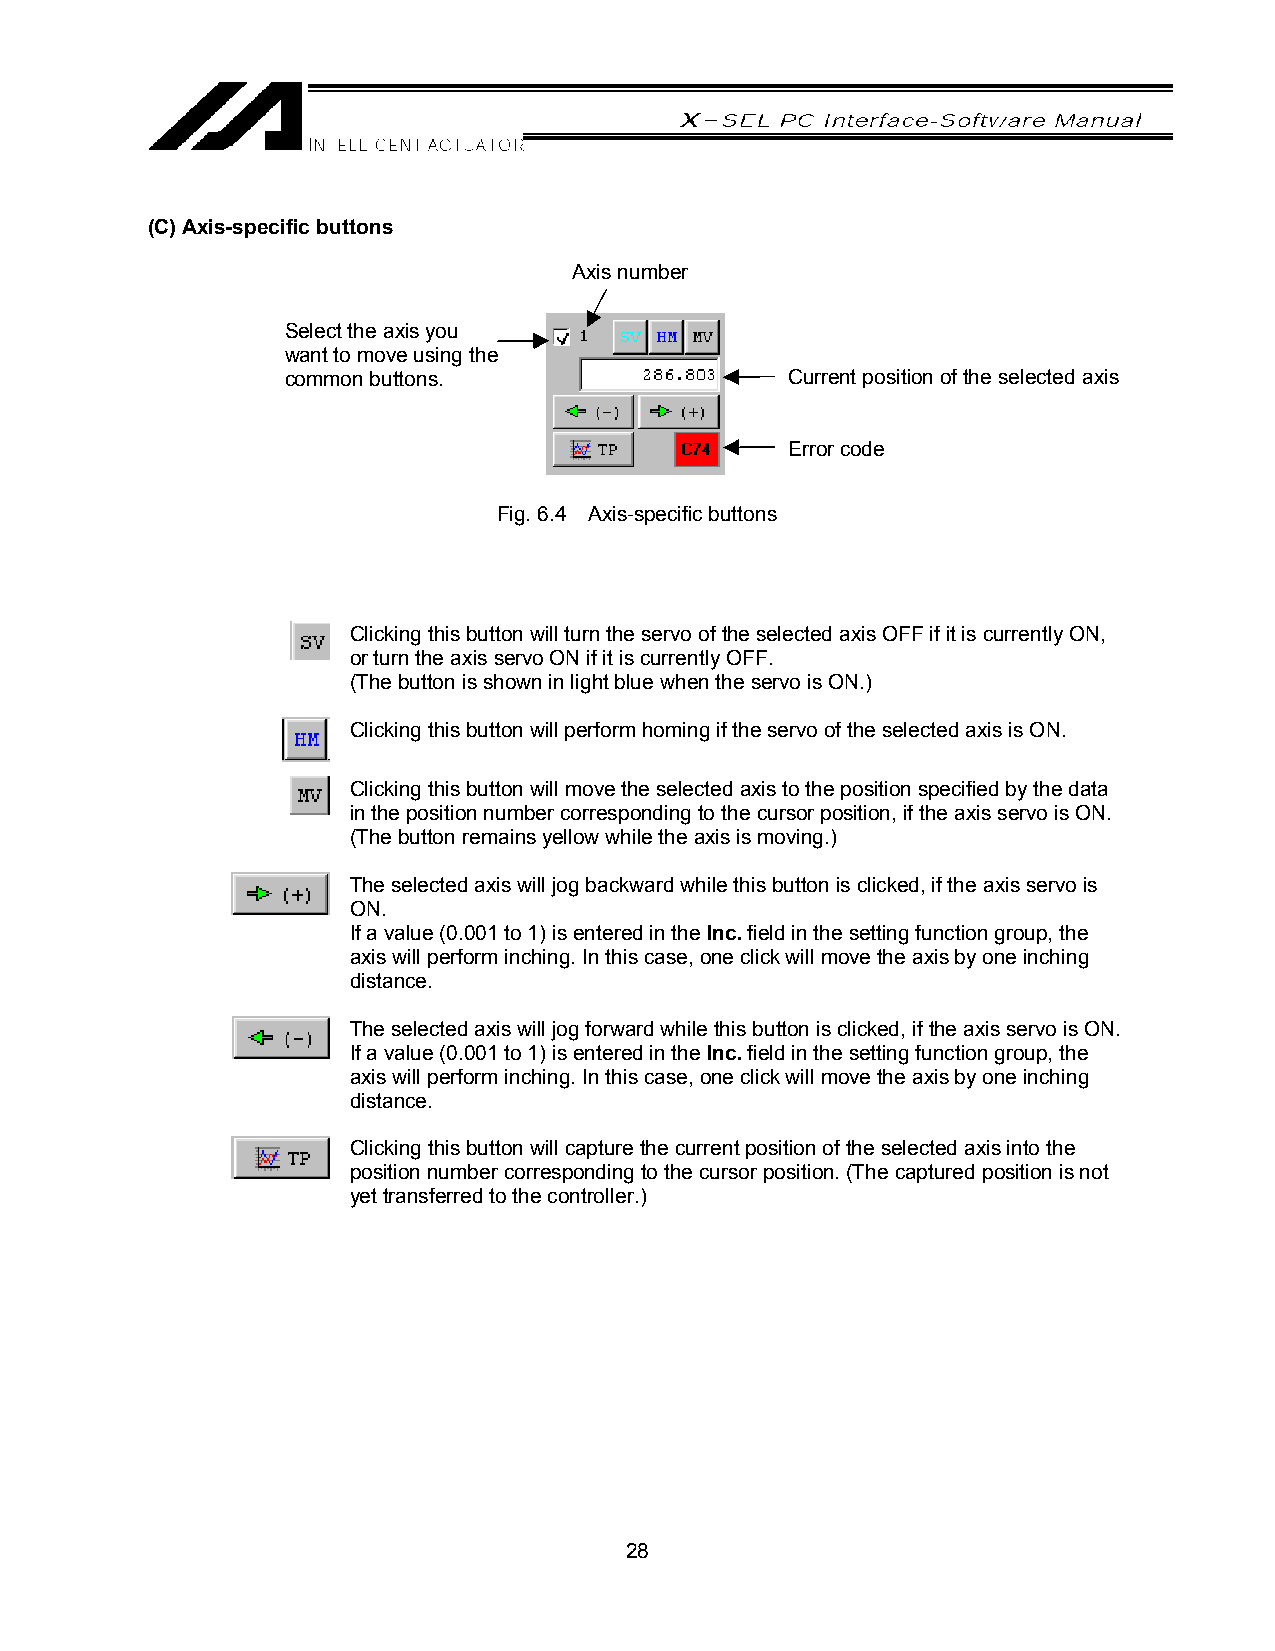
(C) Axis-specific buttons
 Axis number
 Select the axis you
 want to move using the
 common buttons.                  Current position of the selected axis
 Error code
 Fig. 6.4 Axis-specific buttons
 Clicking this button will turn the servo of the selected axis OFF if it is currently ON,
 or turn the axis servo ON if it is currently OFF.
 (The button is shown in light blue when the servo is ON.)
 Clicking this button will perform homing if the servo of the selected axis is ON.
 Clicking this button will move the selected axis to the position specified by the data
 in the position number corresponding to the cursor position, if the axis servo is ON.
 (The button remains yellow while the axis is moving.)
 The selected axis will jog backward while this button is clicked, if the axis servo is
 ON.
 If a value (0.001 to 1) is entered in the Inc. field in the setting function group, the
 axis will perform inching. In this case, one click will move the axis by one inching
 distance.
 The selected axis will jog forward while this button is clicked, if the axis servo is ON.
 If a value (0.001 to 1) is entered in the Inc. field in the setting function group, the
 axis will perform inching. In this case, one click will move the axis by one inching
 distance.
 Clicking this button will capture the current position of the selected axis into the
 position number corresponding to the cursor position. (The captured position is not
 yet transferred to the controller.)
 28